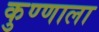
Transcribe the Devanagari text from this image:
कुण्णाला